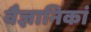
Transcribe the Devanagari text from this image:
वैज्ञानिकां